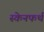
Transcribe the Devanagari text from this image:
स्केनफर्थ